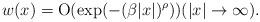
LaTeX: \begin{align*}w(x) = \mathrm{O}(\exp(-(\beta |x|)^{\rho}))(|x| \to \infty).\end{align*}